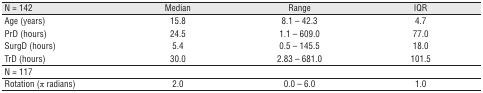
| N = 142 | Median | Range | IQR |
 | --- | --- | --- | --- |
 | Age (years) | 15.8 | 8.1 – 42.3 | 4.7 |
 | PrD (hours) | 24.5 | 1.1 – 609.0 | 77.0 |
 | SurgD (hours) | 5.4 | 0.5 – 145.5 | 18.0 |
 | TrD (hours) | 30.0 | 2.83 – 681.0 | 101.5 |
 | <COLSPAN=4> N = 117 |
 | Rotation (π radians) | 2.0 | 0.0 - 6.0 | 1.0 |